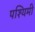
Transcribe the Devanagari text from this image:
पश्यिमी